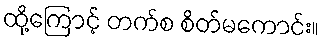
ထို့ကြောင့် တက်စ စိတ်မကောင်း။